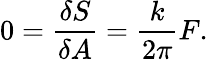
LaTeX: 0={\frac{\delta S}{\delta A}}={\frac{k}{2\pi}}F.